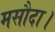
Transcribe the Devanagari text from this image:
मसौदा।